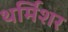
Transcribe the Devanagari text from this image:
थर्मिशर